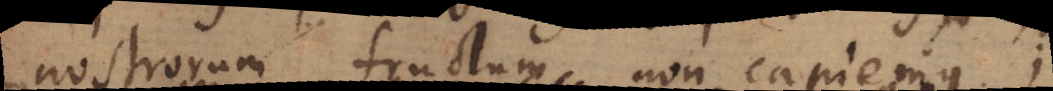
nostrorum fructum non capiemus;